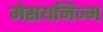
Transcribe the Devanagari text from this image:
मेसयनिज्म